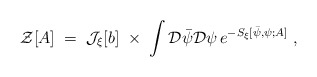
\begin{align*}{\mathcal Z}[A] \;=\; {\mathcal J}_\xi [b] \;\times\; \int {\mathcal D}{\bar\psi} {\mathcal D}\psi \, e^{- S_\xi [{\bar\psi},\psi;A]} \;,\end{align*}